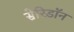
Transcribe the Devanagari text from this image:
सेरिडॉन